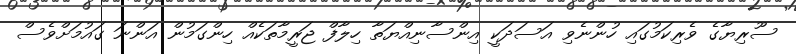
ސޫރިޔާގެ ވެރިކަމުގައި ހުންނެވި އަސަދަކީ އިންސާނިއްޔަތާ ހިލާފް ޖަރީމާތަކެއް ހިންގަމުން އަންނަ ގައުމަށްވެސް